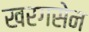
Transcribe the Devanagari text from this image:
खरगसेन